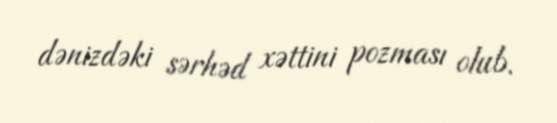
dənizdəki sərhəd xəttini pozması olub.